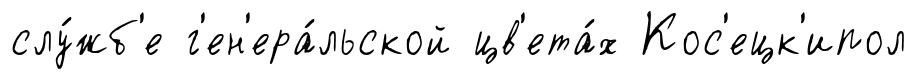
слу́жб'е г'ен'ера́льской цв'ета́х Кос'ецк'ипол